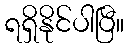
ရရှိနိုင်ပါပြီ။